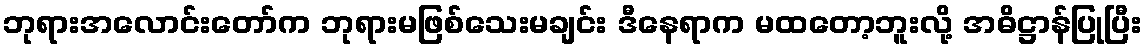
ဘုရားအလောင်းတော်က ဘုရားမဖြစ်သေးမချင်း ဒီနေရာက မထတော့ဘူးလို့ အဓိဋ္ဌာန်ပြုပြီး